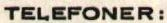
TELEFONER: